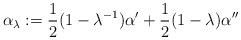
LaTeX: \begin{align*} \alpha_{\lambda}:= \frac{1}{2}(1-\lambda^{-1})\alpha^{\prime}+ \frac{1}{2}(1-\lambda)\alpha^{\prime \prime}\end{align*}